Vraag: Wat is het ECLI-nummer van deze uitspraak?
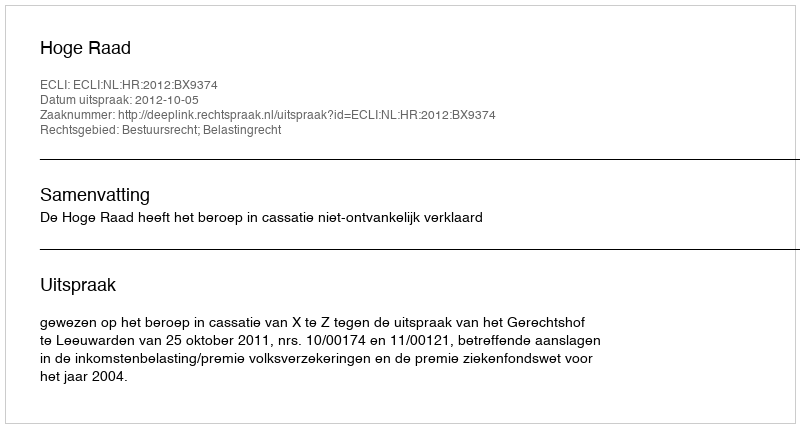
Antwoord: ECLI:NL:HR:2012:BX9374